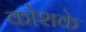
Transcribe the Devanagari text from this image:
कोशके